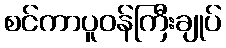
စင်ကာပူဝန်ကြီးချုပ်